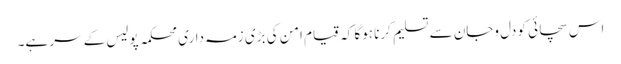
اس سچائی کو دل وجان سے تسلیم کرنا ہوگا کہ قیام امن کی بڑی زمہ داری محکمہ پولیس کے سر ہے۔